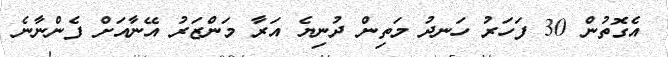
އެގޮތުން 30 ފަހަރު ހަނދު މަތިން ދުނިޔެ އަރާ މަންޒަރު އޭނާއަށް ފެންނާނެ